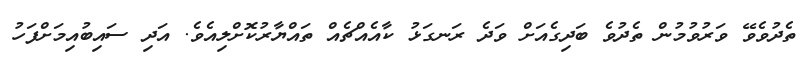
ތެދުވެވޭ ވަރުވުމުން ތެދުވެ ބަދިގެއަށް ވަދެ ރަނގަޅު ކާއެއްޗެއް ތައްޔާރުކޮށްލިއެވެ. އަދި ސައިބުއިމަށްފަހު